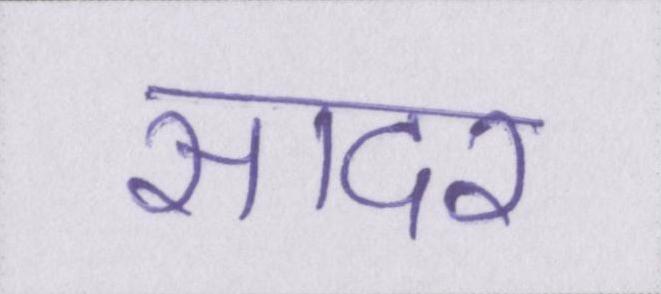
सादर